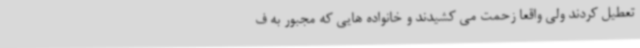
تعطیل کردند ولی واقعا زحمت می کشیدند و خانواده هایی که مجبور به ف